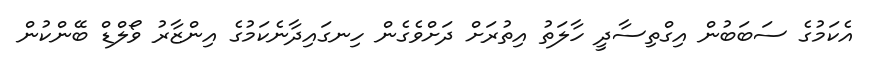
އެކަމުގެ ސަބަބުން އިގްތިސާދީ ހާލަތު އިތުރަށް ދަށްވެގެން ހިނގައިދާނެކަމުގެ އިންޒާރު ވޯލްޑް ބޭންކުން